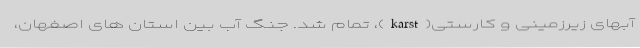
آبهای زیرزمینی و کارستی(karst)، تمام شد. جنگ آب بین استان های اصفهان،